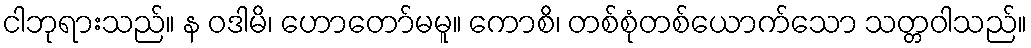
ငါဘုရားသည်။ န ဝဒါမိ၊ ဟောတော်မမူ။ ကောစိ၊ တစ်စုံတစ်ယောက်သော သတ္တဝါသည်။